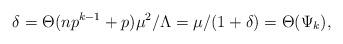
LaTeX: \begin{align*}\delta = \Theta(n p^{k-1}+p) \mu^2/\Lambda = \mu/(1+\delta) = \Theta(\Psi_k),\end{align*}